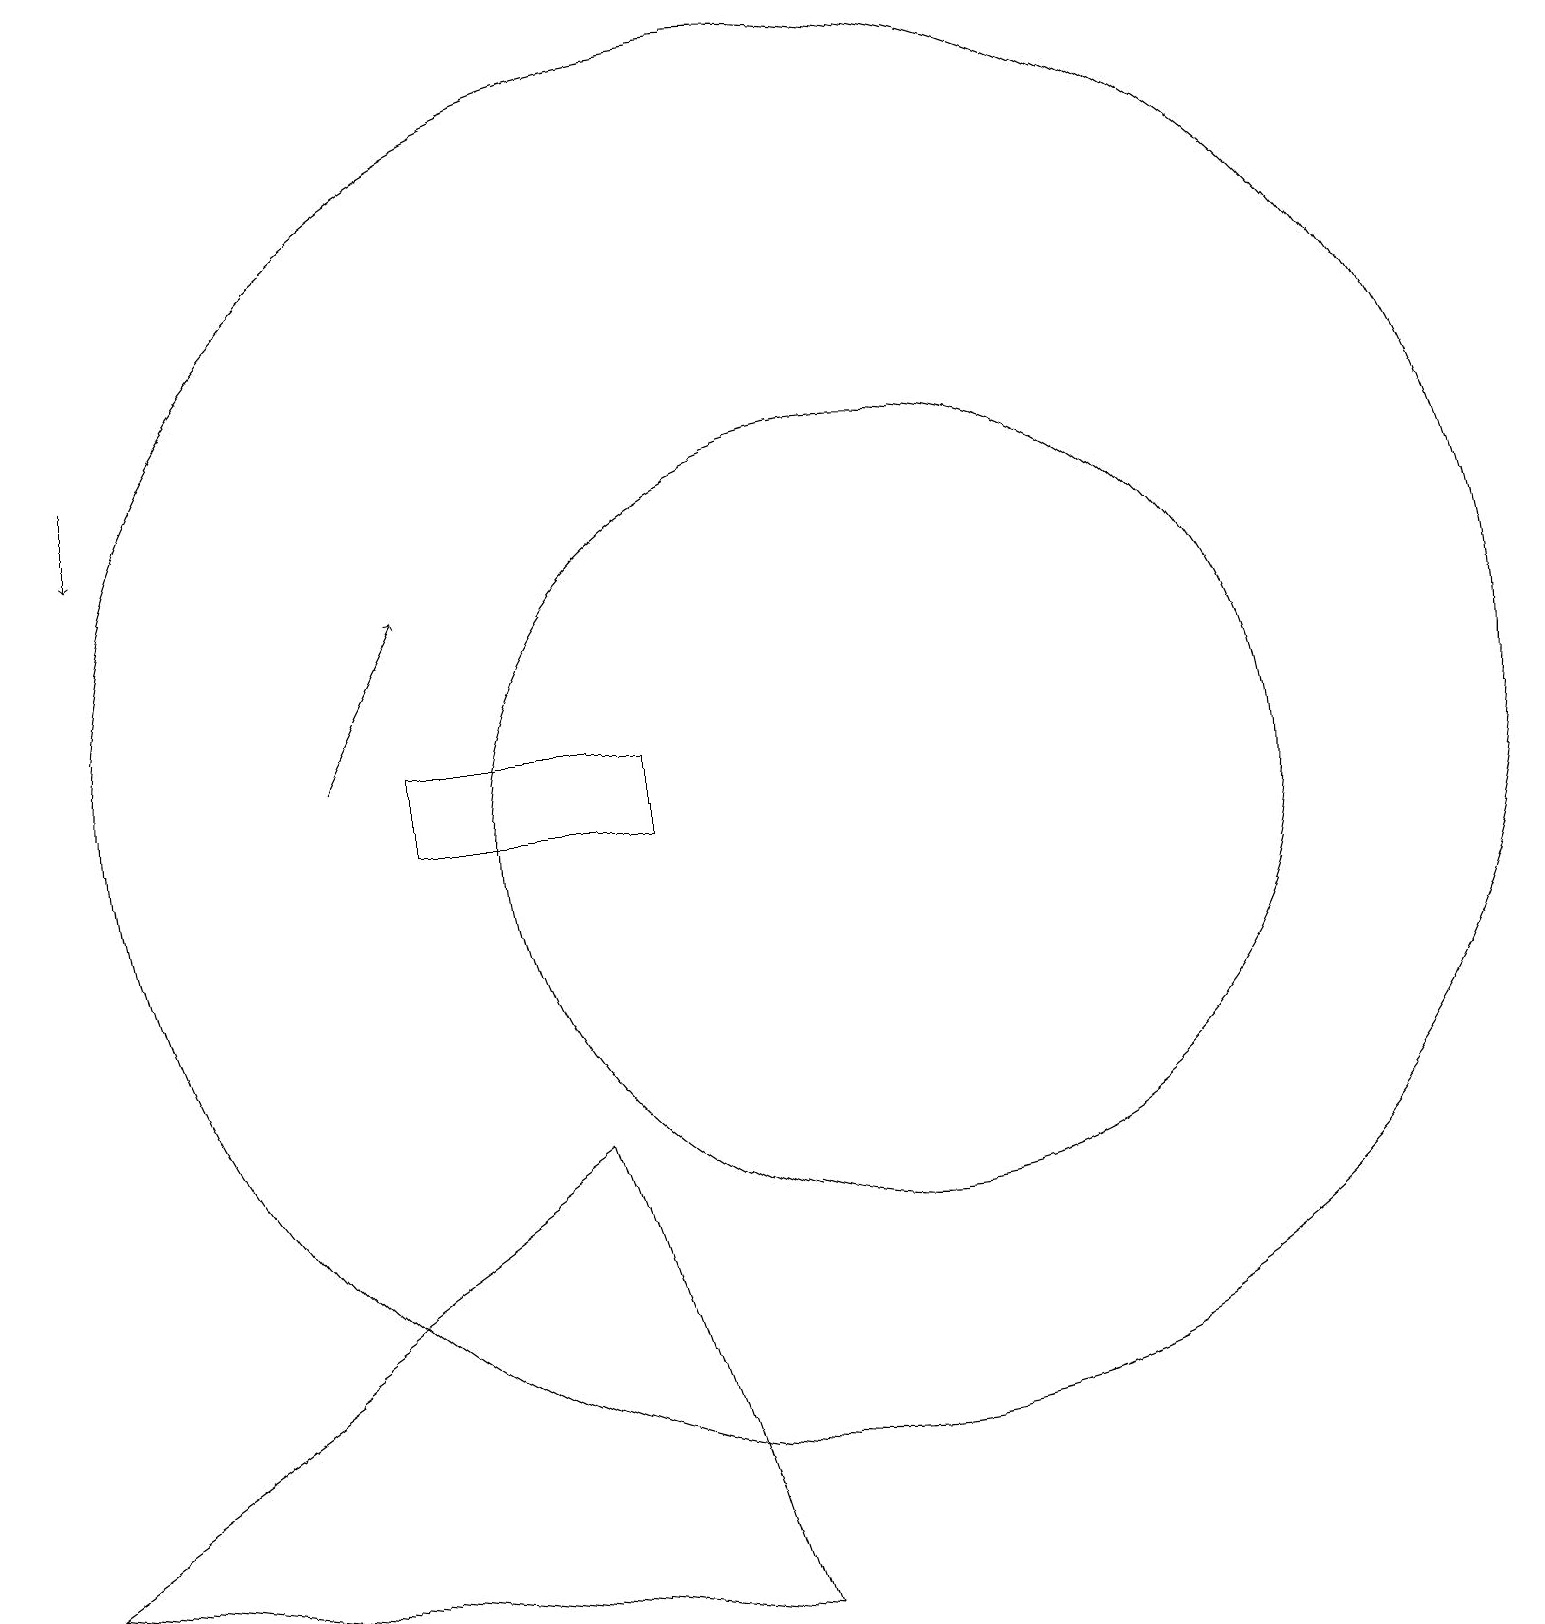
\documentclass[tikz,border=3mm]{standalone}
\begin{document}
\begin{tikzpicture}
\draw (10,11) circle (9);
\draw (9,0) -- (7,6) -- (0,1) -- cycle;
\draw (12,12) circle (0);
\draw (11,10) circle (5);
\draw (8,11) rectangle (5,10);
\draw[->] (4,11) -- (5,13);
\draw[->] (1,15) -- (1,14);
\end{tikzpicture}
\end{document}